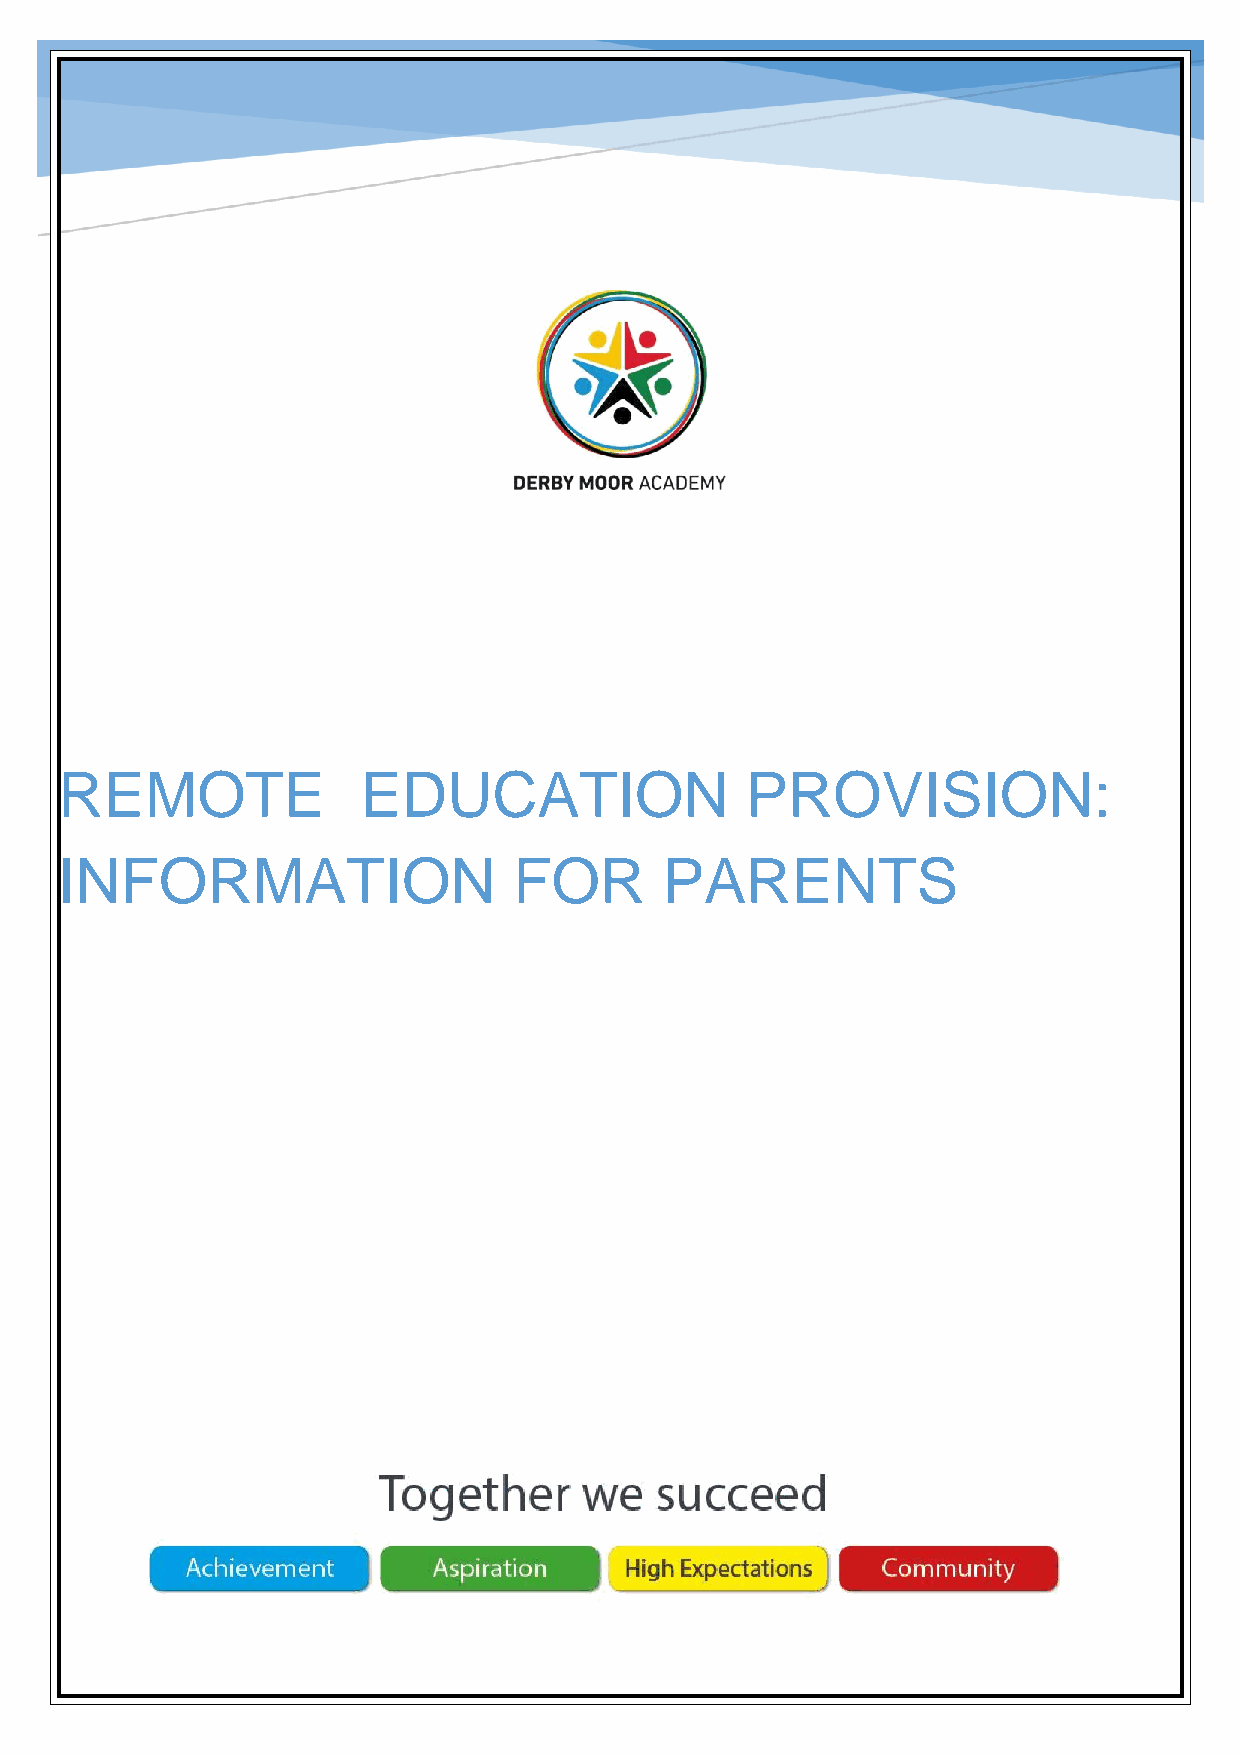
REMOTE              EDUCATION                PROVISION:
 INFORMATION                   FOR       PARENTS